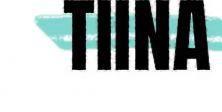
TIINA